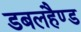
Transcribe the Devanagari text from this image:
डबलहैण्ड